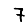
Digit: 7